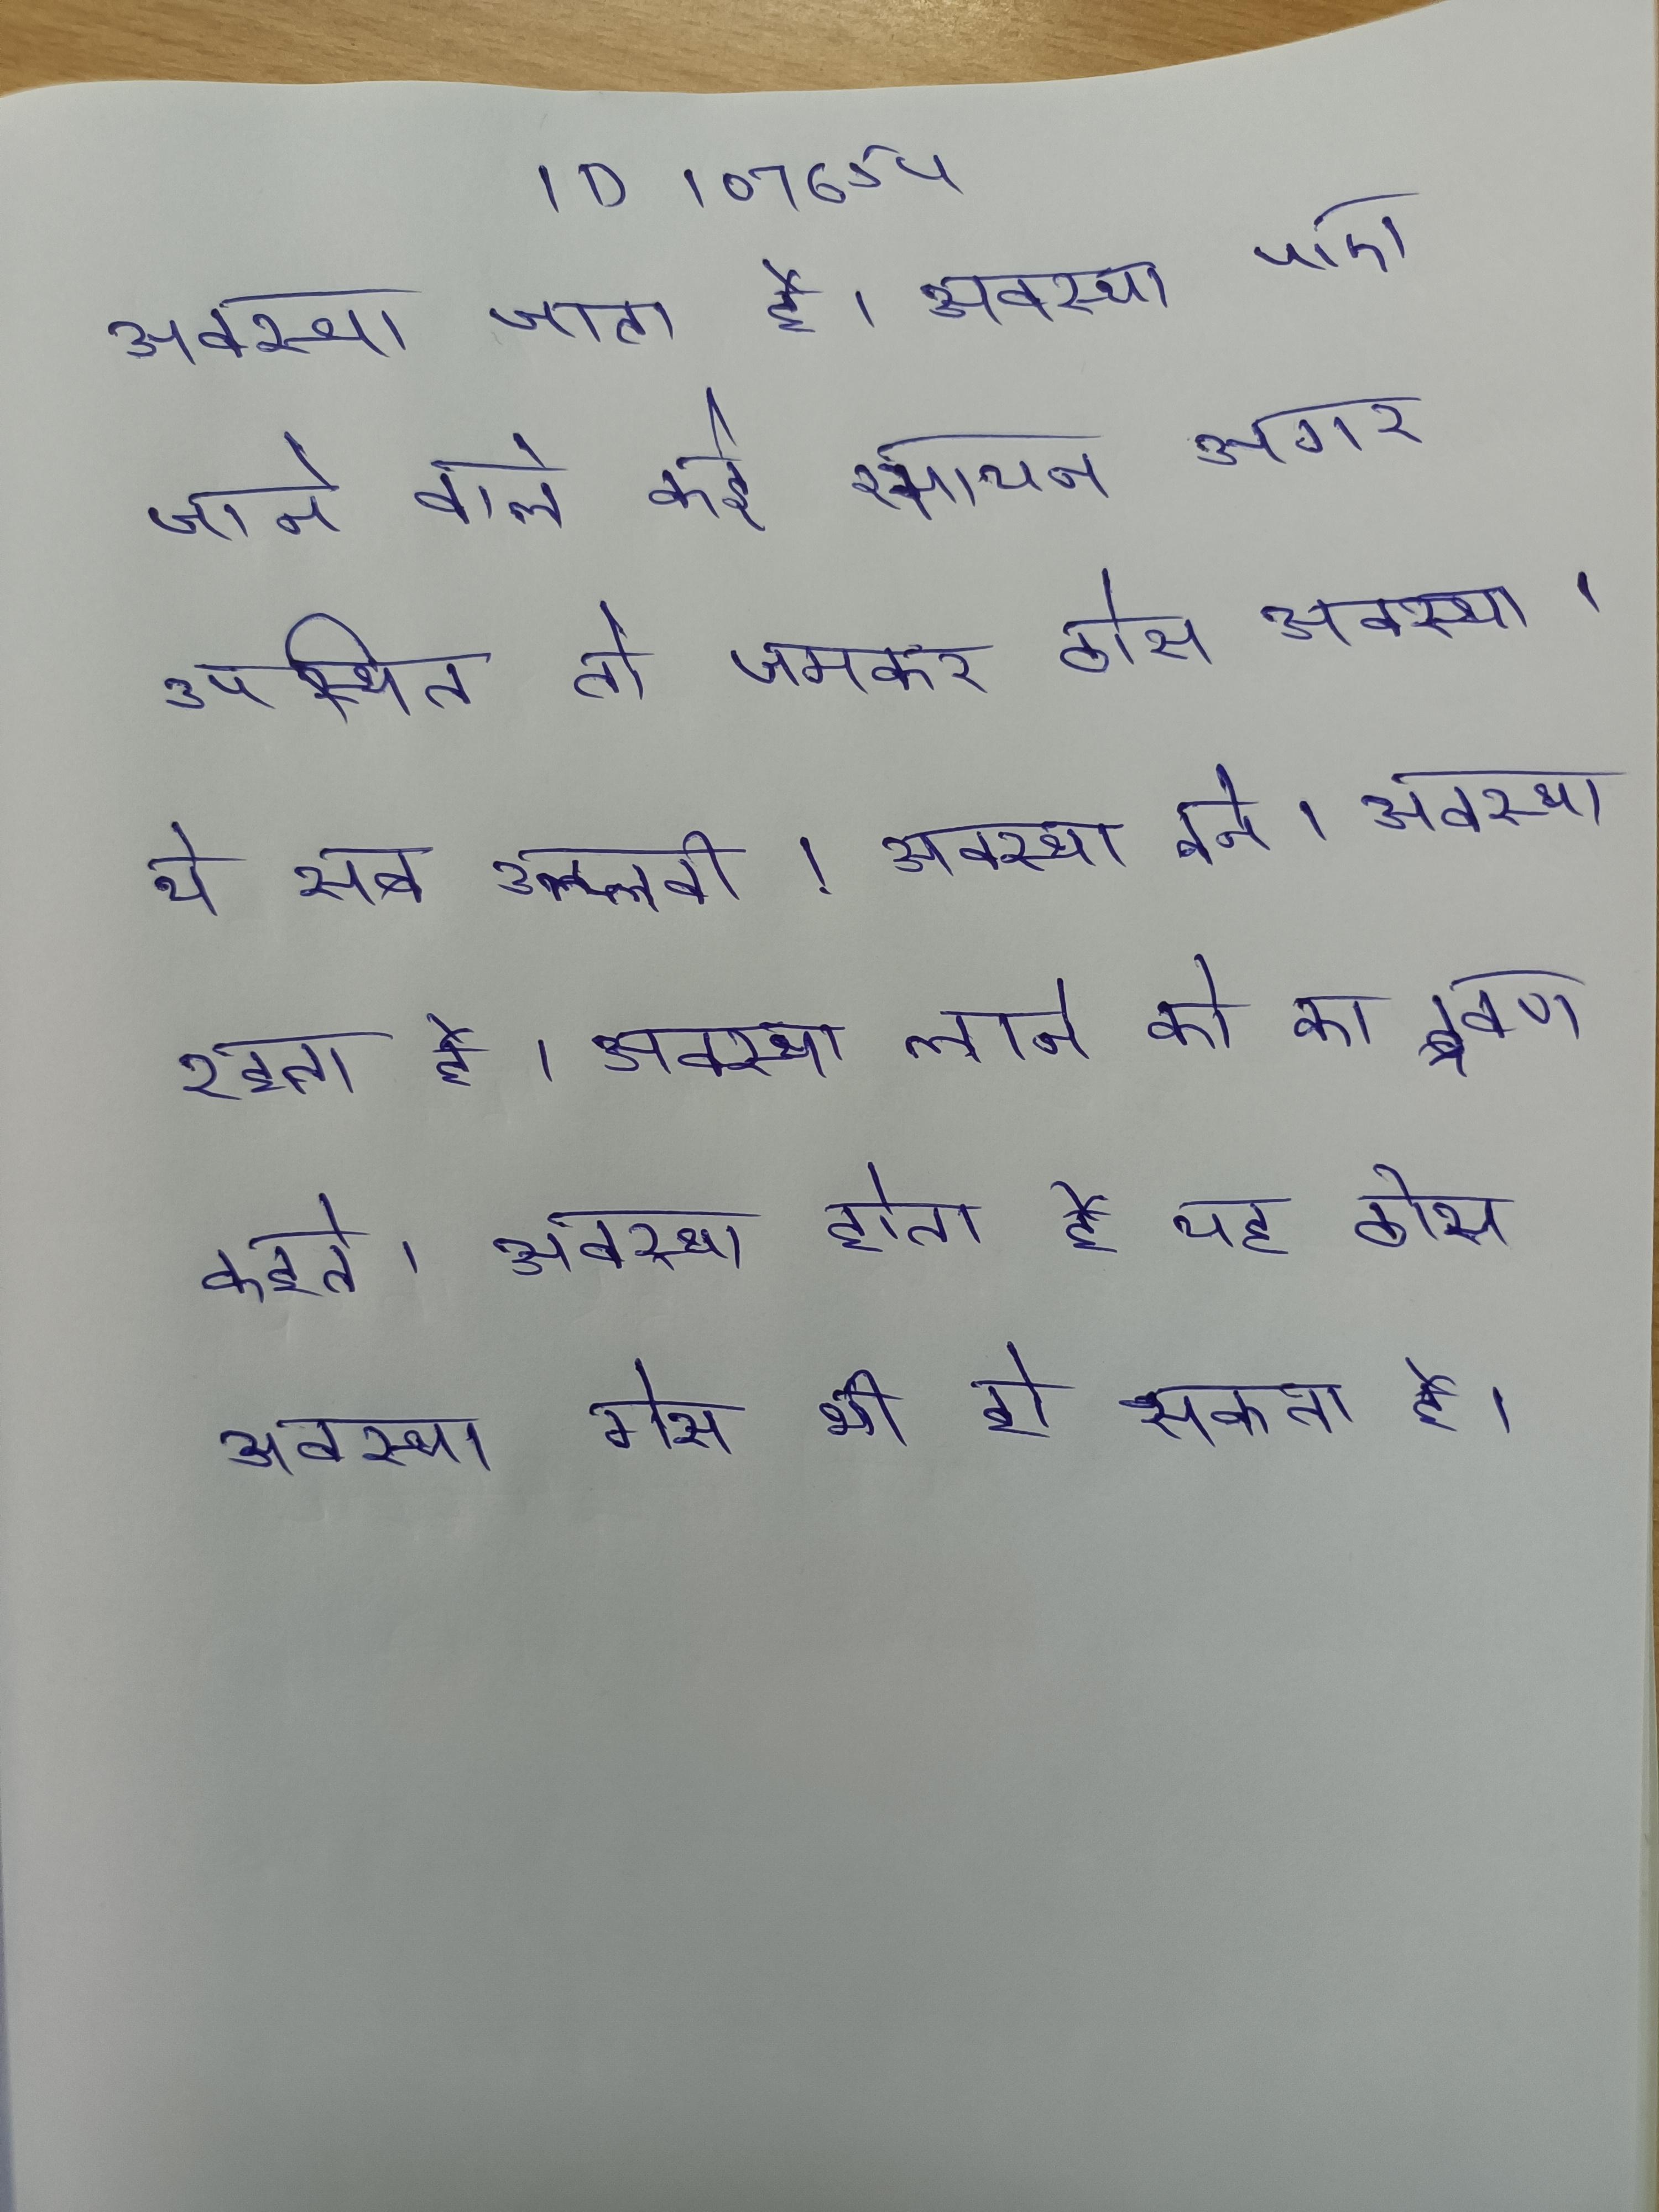
अवस्था जाता है । अवस्था पाए जाने वाले कई रसायन अगर उपस्थित तो जमकर ठोस अवस्था । ये सब उत्प्लवी । अवस्था बने । अवस्था रहता है । अवस्था लाने को का द्रवण कहते । अवस्था होता है यह ठोस अवस्था गैस भी हो सकता है ।